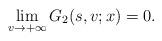
LaTeX: \begin{align*}\lim_{v\rightarrow +\infty}G_2(s,v;x)=0.\end{align*}